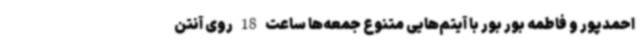
احمدپور و فاطمه بور بور با آیتم‌هایی متنوع جمعه‌ها ساعت 18 روی آنتن